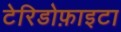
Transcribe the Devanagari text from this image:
टेरिडोफ़ाइटा